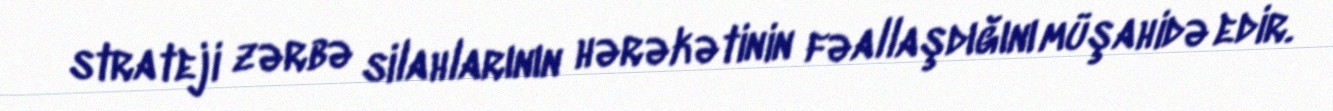
strateji zərbə silahlarının hərəkətinin fəallaşdığını müşahidə edir.